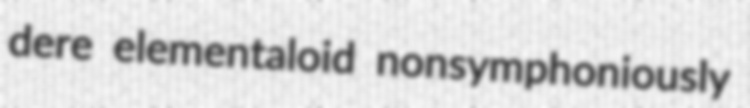
dere elementaloid nonsymphoniously